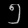
Digit: ၅